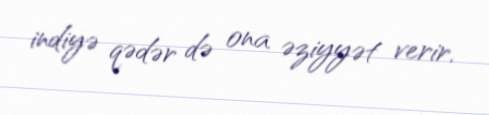
indiyə qədər də ona əziyyət verir.